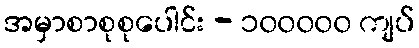
အမှာစာစုစုပေါင်း - ၁၀၀၀၀၀ ကျပ်